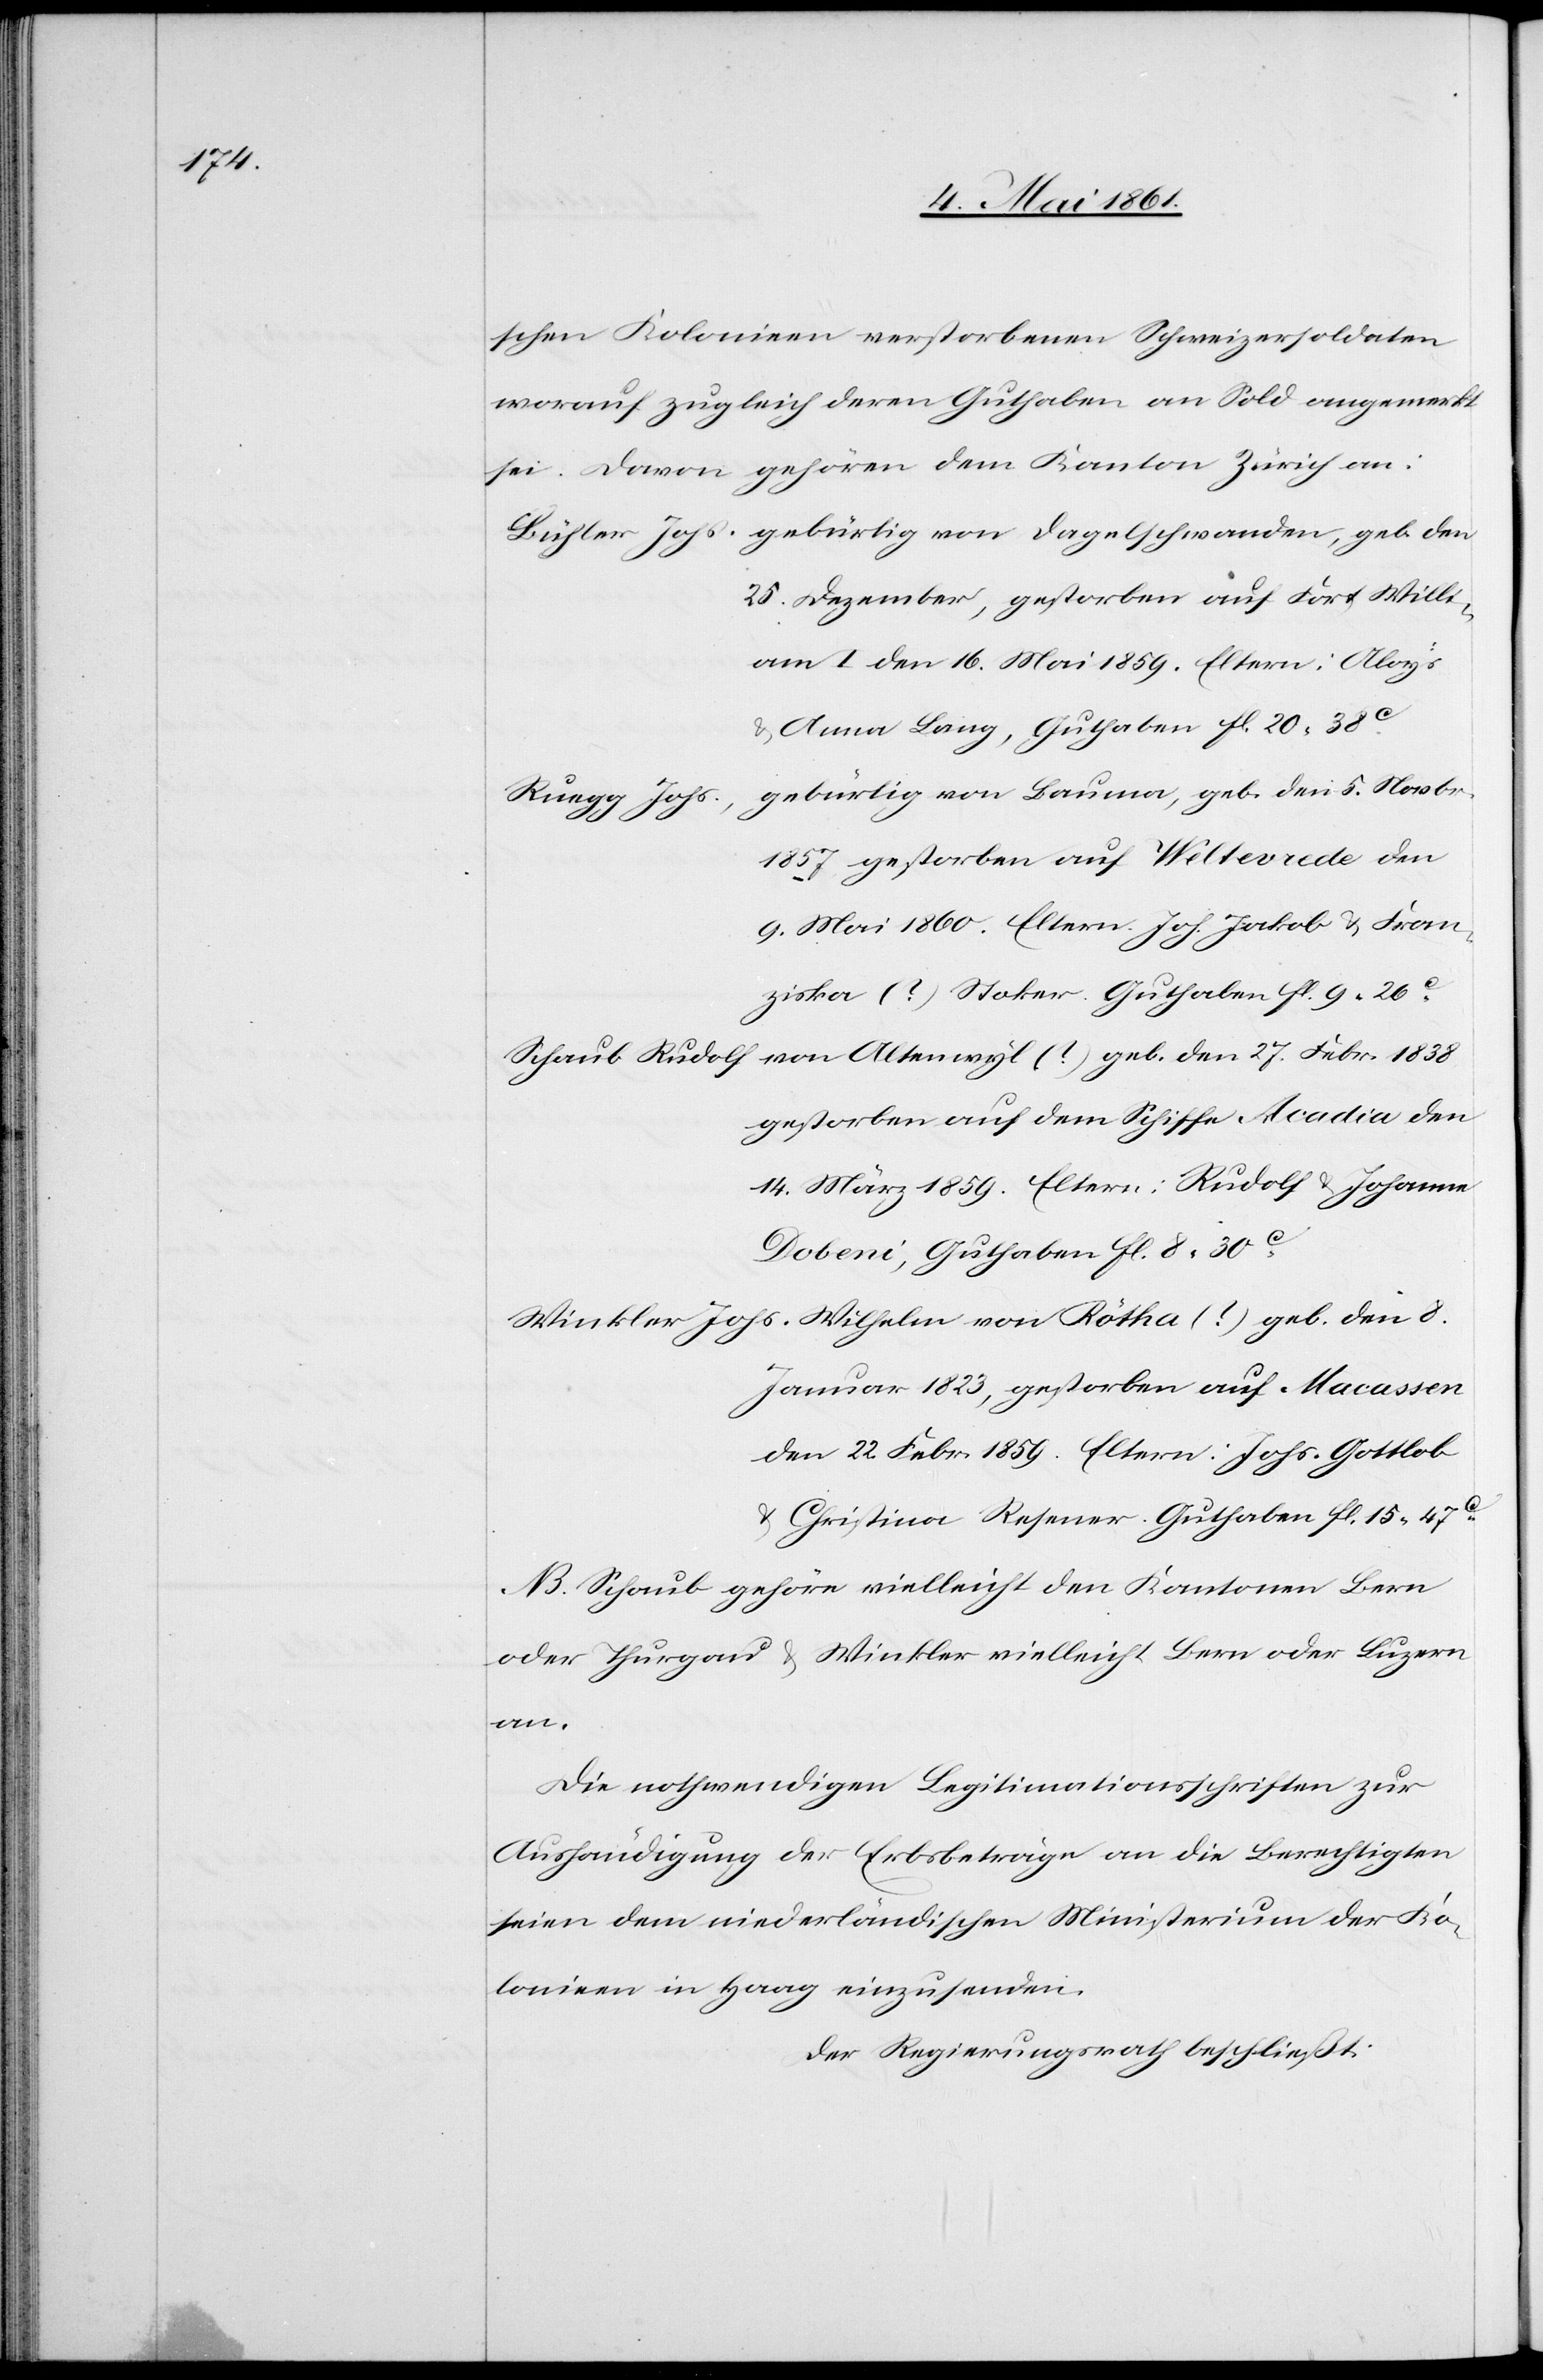
schen Kolonien verstorbenen Schweizersoldaten
worauf zugleich deren Guthaben an Sold angemerkt
sei. Davon gehören dem Kanton Zürich an:
25. Dezember [18??], gestorben auf Fort Willi¬
am I den 16. Mai 1859. Eltern: Aloys
u. Anna Lang, Guthaben Fl. 20 38C.
gebürtig von Bauma, geb. den 5. Novbr.
Winkler Johs.
1857, gestorben auf Weltevrede den
9. Mai 1860. Eltern Joh. Jakob u. Fran¬
ziska (?) Stoker. Guthaben Fl. 9 26C.
von Altenwyl (?) geb. den 27. Febr. 1838
Schaub Rudolf
gestorben auf dem Schiffe Acadia den
14. März 1859. Eltern: Rudolf u. Johanna
Dobeni, Guthaben Fl. 8 30C.
Januar 1823, gestorben auf Macassen
den 22. Febr. 1859. Eltern: Johs. Gottlob
u. Christina Resener. Guthaben fl. 15 47C.
NB. Schaub gehöre vielleicht den Kantonen Bern
oder Thurgau u. Winkler vielleicht Bern oder Luzern
an.
Die nothwendigen Legitimationsschriften zur
Aushändigung der Erbbeträge an die Berechtigten
seien dem niederländischen Ministerium der Ko¬
lonien in Haag einzusenden.
Der Regierungsrath beschließt: